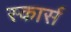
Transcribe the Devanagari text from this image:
स्कार्स